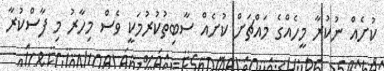
ކުށެއް ނުކުރާ މީހެއްގެ މައްޗަށް ކުށެއް ސާބިތުކުރުމަކީ ވެސް މިހާރު މި ފާސްކުރާ